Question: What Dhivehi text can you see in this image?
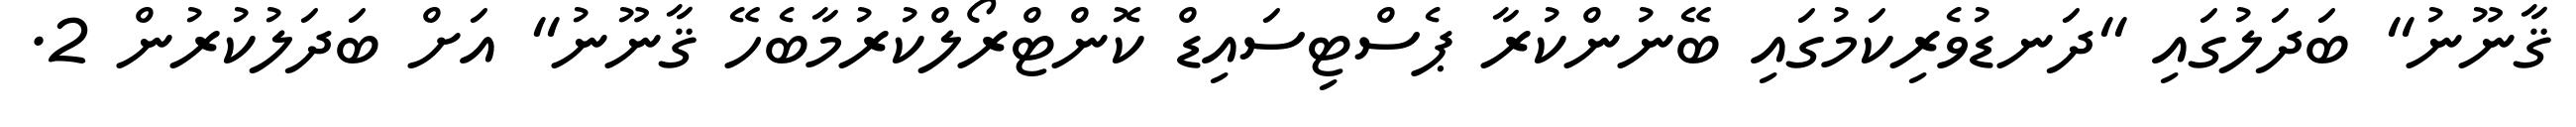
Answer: ޤާނޫނު" ބަދަލުގައި "ދަނޑުވެރިކަމުގައި ބޭނުންކުރާ ޕެސްޓިސައިޑް ކޮންޓްރޯލްކުރުމާބެހޭ ޤާނޫނު" އަށް ބަދަލުކުރުން 2.